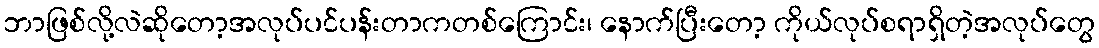
ဘာဖြစ်လို့လဲဆိုတော့အလုပ်ပင်ပန်းတာကတစ်ကြောင်း၊ နောက်ပြီးတော့ ကိုယ်လုပ်စရာရှိတဲ့အလုပ်တွေ